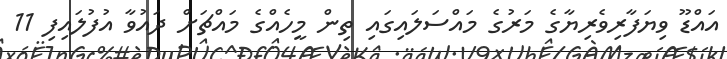
އައްޑޫ ވިޔަފާރިވެރިޔާގެ މަރުގެ މައްސަލައިގައި ތިން މީހެއްގެ މައްޗަށް ދައުވާ އުފުލައިފި 11